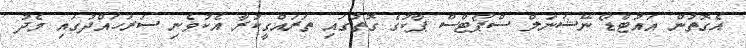
އެގޮތުން އައުޓްޑޯ ނޭޝަނަލް ސްޕޯޓްސް ޕާކުގެ ގޮތުގައި ތަރައްގީކުރާ އެކުވެނި ސަރަހައްދުގައި މެދު